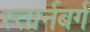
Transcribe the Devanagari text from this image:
स्तार्नबर्ग